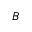
B